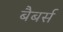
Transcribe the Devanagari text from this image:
बैबर्स